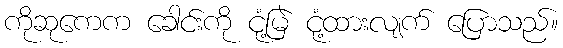
ကိုဆုကေက ခေါင်းကို ငုံ့မြဲ ငုံ့ထားလျက် ပြောသည်။